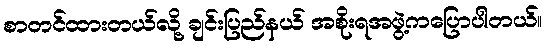
စာတင်ထားတယ်လို့ ချင်းပြည်နယ် အစိုးရအဖွဲ့ကပြောပါတယ်။